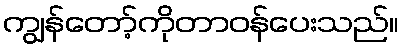
ကျွန်တော့်ကိုတာဝန်ပေးသည်။